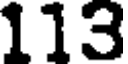
113